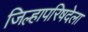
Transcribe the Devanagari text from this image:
जिल्हापरिषदेला